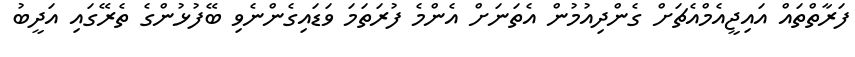
ފަރާތްތައް އައިޖީއެމްއެޗަށް ގެންދިއުމުން އެތަނަށް އެންމެ ފުރަތަމަ ވަޑައިގެންނެވި ބޭފުޅުންގެ ތެރޭގައި އަދީބު